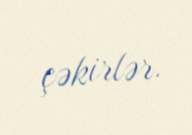
çəkirlər.